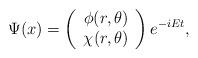
LaTeX: \begin{align*}\Psi(x)=\left(\begin{array}{c} \phi(r,\theta) \\ \chi(r,\theta)\end{array}\right)e^{-iEt} ,\end{align*}